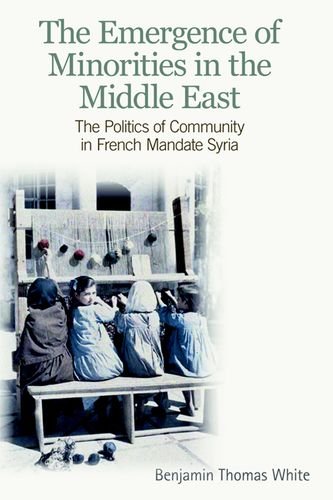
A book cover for The Emergence of Minorities in the Middle East: The Politics of Community in French Mandate Syria; Benjamin Thomas White; History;